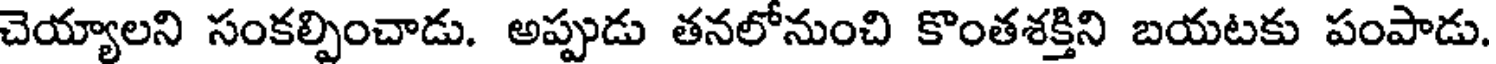
చెయ్యాలని సంకల్పించాడు. అప్పుడు తనలోనుంచి కొంతశక్తిని బయటకు పంపాడు